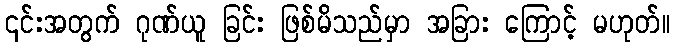
၎င်းအတွက် ဂုဏ်ယူ ခြင်း ဖြစ်မိသည်မှာ အခြား ကြောင့် မဟုတ်။